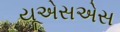
યૂએસએસ